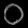
Digit: ၀